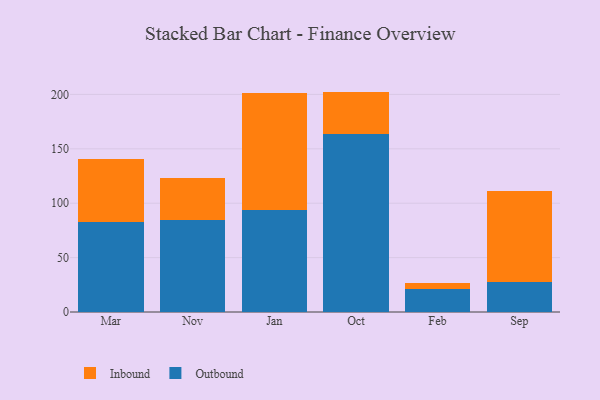
{"axis": {"x": "Month", "y": "Shipments"}, "legend": ["Inbound", "Outbound"], "data": [{"x": "Mar", "y": 82.4, "type": "Outbound"}, {"x": "Mar", "y": 58.2, "type": "Inbound"}, {"x": "Nov", "y": 84.7, "type": "Outbound"}, {"x": "Nov", "y": 38.4, "type": "Inbound"}, {"x": "Jan", "y": 93.9, "type": "Outbound"}, {"x": "Jan", "y": 107.0, "type": "Inbound"}, {"x": "Oct", "y": 163.8, "type": "Outbound"}, {"x": "Oct", "y": 38.8, "type": "Inbound"}, {"x": "Feb", "y": 21.2, "type": "Outbound"}, {"x": "Feb", "y": 5.6, "type": "Inbound"}, {"x": "Sep", "y": 28.0, "type": "Outbound"}, {"x": "Sep", "y": 83.2, "type": "Inbound"}]}